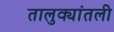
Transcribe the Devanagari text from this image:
तालुक्यांतली